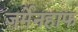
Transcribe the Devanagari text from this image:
जर्मेनहाफ